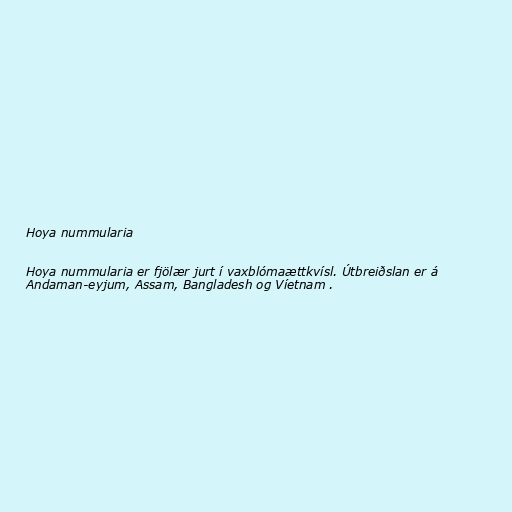
Hoya nummularia

Hoya nummularia er fjölær jurt í vaxblómaættkvísl. Útbreiðslan er á
Andaman-eyjum, Assam, Bangladesh og Víetnam .